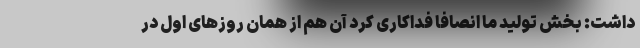
داشت: بخش تولید ما انصافاً فداکاری کرد آن هم از همان روزهای اول در